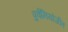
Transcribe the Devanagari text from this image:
पुर्वनियोजीत